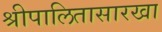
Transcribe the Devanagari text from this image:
श्रीपालितासारखा